Civil Veterinary Department. Madras. Admin. report 1910-25 - 1910-1925
Year: 1910
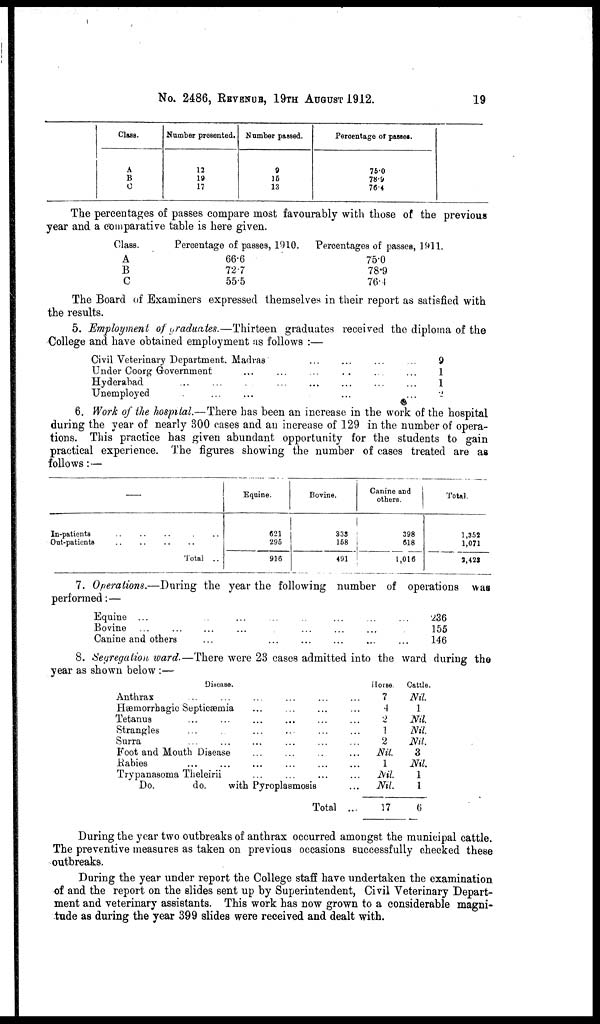
No. 2486, REVENUE, 19TH AUGUST 1912.
19
Class.
A
B
C
Number presented.
12
19
17
Number passed.
9
15
13
Percentage of passes.
76.0
78.9
76.4
The percentages of passes compare most favourably with those of the previous
year and a comparative table is here given.
Class.
A
B
C
Percentage of passes, 1910.
66.6
72.7
55.5
Percentages of passes, 1911.
75.0
78.9
76.4
The Board of Examiners expressed themselves in their report as satisfied with
the results.
5. Employment of gradaates.—Thirteen graduates received the diploma of the
College and have obtained employment as follows :—
Civil Veterinary Department. Madras
Under Coorg Government ... ... ... ...
Hyderabad
...
...
... ... ... ...
Unemployed . ... ... ...
9
... ... 1
...
...
1
... 2
6. Work of the hospital.—There has been an increase in the work of the hospital
during the year of nearly 300 cases and an increase of 129 in the number of opera-
tions. This practice has given abundant opportunity for the students to gain
practical experience. The figures showing the number of cases treated are as
follows: —
—
In-patients .. .. .. .. ..
Out-patients .. .. .. ..
Total ..
Equine.
621
295
916
Bovine.
333
158
491
Canine and
others.
398
618
1,016
Total.
1,352
1,071
3,423
7. Operations.—During the year the following number of operations was
performed: —
Equine ... ... ... ... ...
Bovine ... ... ... ... ...
Canine and others ... ...
236
155
146
8. Segregation, ward.—There were 23 cases admitted into the ward during the
year as shown below :—
Disease.
Anthrax ... ... ... ... ...
Hæmorrhagic Septicæmia ... ... ...
Tetanus ... ... ... ... ...
Strangles ... ... ... ... ...
Surra ... ... ... ... ...
Foot and Mouth Disease ... ... ...
Rabies ... ... ... ... ...
Trypanasoma Theleirii ... ... ...
Do.
do.
with Pyroplasmosis
Total
...
...
...
...
...
...
...
...
...
...
Horse.
7
4
2
1
2
Nil.
1
Nil.
Nil.
17
Cattle.
Nil
1
Nil.
Nil
Nil.
3
Nil.
1
1
6
During the year two outbreaks of anthrax occurred amongst the municipal cattle.
The preventive measures as taken on previous occasions successfully checked these
outbreaks.
During the year under report the College staff have undertaken the examination
of and the report on the slides sent up by Superintendent, Civil Veterinary Depart-
ment and veterinary assistants. This work has now grown to a considerable magni-
tude as during the year 399 slides were received and dealt with.